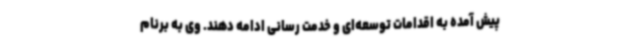
پیش آمده به اقدامات توسعه‌ای و خدمت رسانی ادامه دهند. وی به برنام